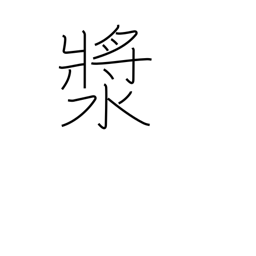
Meaning: a drink